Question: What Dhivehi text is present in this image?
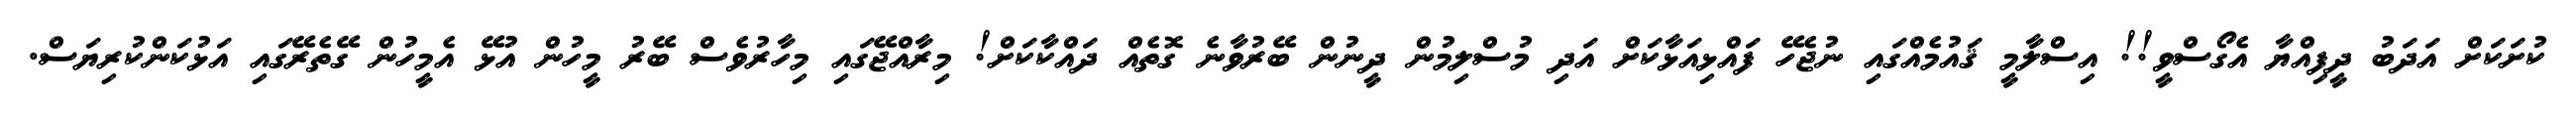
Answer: ކުށަކަށް އަދަބު ދީފިއްޔާ އެގޯސްވީ!! އިސްލާމީ ޤައުމެއްގައި ނުޖެހޭ ފައްޅިއަޅާކަށް އަދި މުސްލިމުން ދީނުން ބޭރުވާނެ ގޮތެއް ދައްކާކަށް! މިރާއްޖޭގައި މިހާރުވެސް ބޭރު މީހުން އުޅޭ އެމީހުން ގޭތެރޭގައި އަޅުކަންކުރިޔަސް.